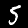
Label: 5